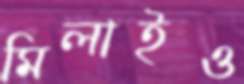
মিলাইও